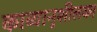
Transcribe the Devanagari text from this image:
काव्यानुशीलक।